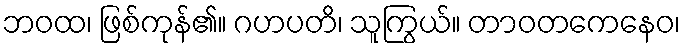
ဘဝထ၊ ဖြစ်ကုန်၏။ ဂဟပတိ၊ သူကြွယ်။ တာဝတကေနေဝ၊